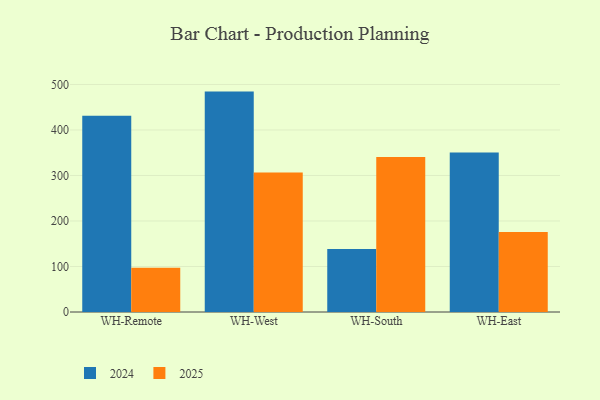
{"axis": {"x": "Warehouse", "y": "Revenue (USD Million)"}, "legend": ["2024", "2025"], "data": [{"x": "WH-Remote", "y": 431.0, "type": "2024"}, {"x": "WH-Remote", "y": 97.4, "type": "2025"}, {"x": "WH-West", "y": 484.3, "type": "2024"}, {"x": "WH-West", "y": 306.6, "type": "2025"}, {"x": "WH-South", "y": 138.4, "type": "2024"}, {"x": "WH-South", "y": 340.4, "type": "2025"}, {"x": "WH-East", "y": 350.5, "type": "2024"}, {"x": "WH-East", "y": 175.9, "type": "2025"}]}